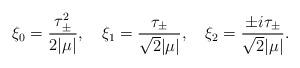
LaTeX: \begin{align*}\xi_0 = \frac{\tau_\pm^2}{{2}|\mu |}, ~~~ \xi_1 = \frac{\tau_\pm}{\sqrt{2}|\mu |},~~~ \xi_2 = \frac{\pm i\tau_\pm}{\sqrt{2} |\mu |}.\end{align*}